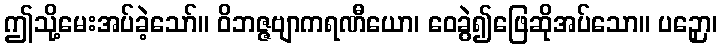
ဤသို့မေးအပ်ခဲ့သော်။ ဝိဘဇ္ဇဗျာကရဏီယော၊ ဝေခွဲ၍ဖြေဆိုအပ်သော။ ပဉှော၊